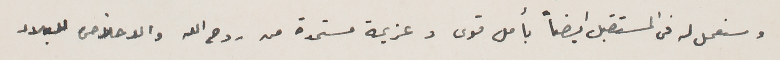
وسنعمل له فى المستقبل ايضاً بأمل قوى وعزيمة مستمدة من روح الله والاخلاص للبلاد